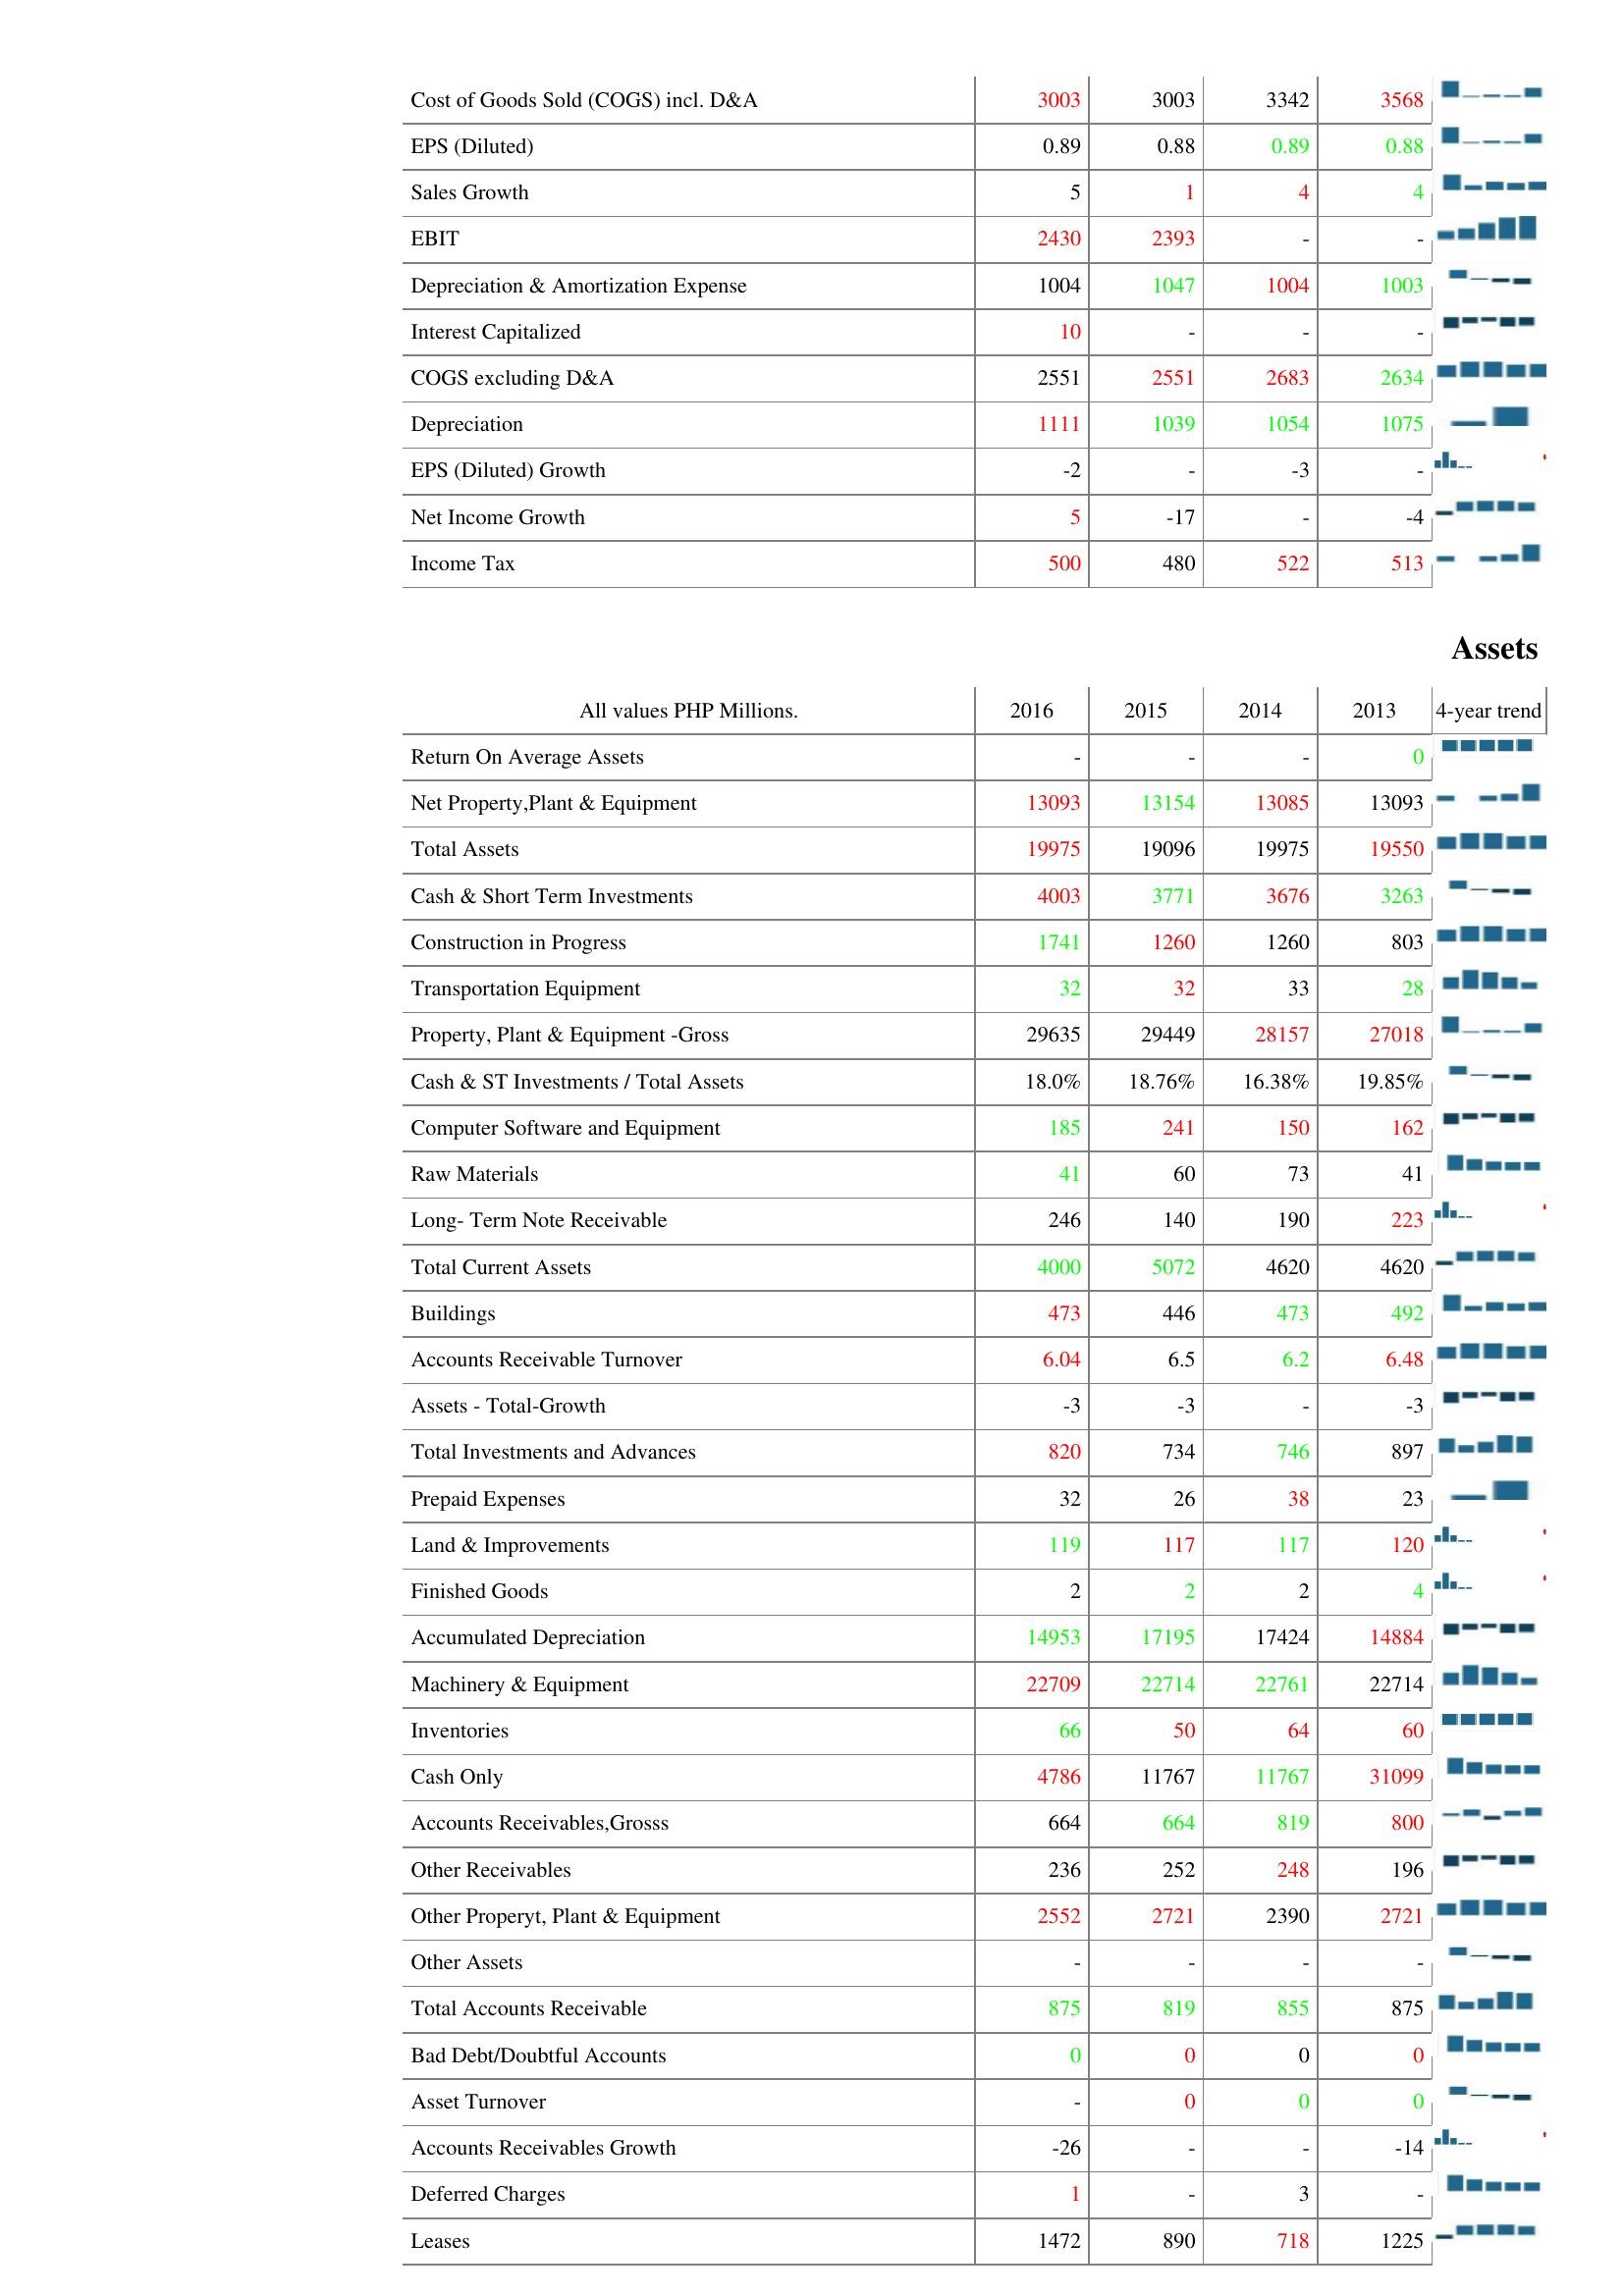
2016: : Cost of Goods Sold (COGS) incl. D&A: 3003
EPS (Diluted): 0.89
Sales Growth: 5
EBIT: 2430
Depreciation & Amortization Expense: 1004
Interest Capitalized: 10
COGS excluding D&A: 2551
Depreciation: 1111
EPS (Diluted) Growth: -2
Net Income Growth: 5
Income Tax: 500
Assets: Return On Average Assets: -
Net Property,Plant & Equipment: 13093
Total Assets: 19975
Cash & Short Term Investments: 4003
Construction in Progress: 1741
Transportation Equipment: 32
Property, Plant & Equipment -Gross: 29635
Cash & ST Investments / Total Assets: 18.0%
Computer Software and Equipment: 185
Raw Materials: 41
Long- Term Note Receivable: 246
Total Current Assets: 4000
Buildings: 473
Accounts Receivable Turnover: 6.04
Assets - Total-Growth: -3
Total Investments and Advances: 820
Prepaid Expenses: 32
Land & Improvements: 119
Finished Goods: 2
Accumulated Depreciation: 14953
Machinery & Equipment: 22709
Inventories: 66
Cash Only: 4786
Accounts Receivables,Grosss: 664
Other Receivables: 236
Other Properyt, Plant & Equipment: 2552
Other Assets: -
Total Accounts Receivable: 875
Bad Debt/Doubtful Accounts: 0
Asset Turnover: -
Accounts Receivables Growth: -26
Deferred Charges: 1
Leases: 1472
2015: : Cost of Goods Sold (COGS) incl. D&A: 3003
EPS (Diluted): 0.88
Sales Growth: 1
EBIT: 2393
Depreciation & Amortization Expense: 1047
Interest Capitalized: -
COGS excluding D&A: 2551
Depreciation: 1039
EPS (Diluted) Growth: -
Net Income Growth: -17
Income Tax: 480
Assets: Return On Average Assets: -
Net Property,Plant & Equipment: 13154
Total Assets: 19096
Cash & Short Term Investments: 3771
Construction in Progress: 1260
Transportation Equipment: 32
Property, Plant & Equipment -Gross: 29449
Cash & ST Investments / Total Assets: 18.76%
Computer Software and Equipment: 241
Raw Materials: 60
Long- Term Note Receivable: 140
Total Current Assets: 5072
Buildings: 446
Accounts Receivable Turnover: 6.5
Assets - Total-Growth: -3
Total Investments and Advances: 734
Prepaid Expenses: 26
Land & Improvements: 117
Finished Goods: 2
Accumulated Depreciation: 17195
Machinery & Equipment: 22714
Inventories: 50
Cash Only: 11767
Accounts Receivables,Grosss: 664
Other Receivables: 252
Other Properyt, Plant & Equipment: 2721
Other Assets: -
Total Accounts Receivable: 819
Bad Debt/Doubtful Accounts: 0
Asset Turnover: 0
Accounts Receivables Growth: -
Deferred Charges: -
Leases: 890
2014: : Cost of Goods Sold (COGS) incl. D&A: 3342
EPS (Diluted): 0.89
Sales Growth: 4
EBIT: -
Depreciation & Amortization Expense: 1004
Interest Capitalized: -
COGS excluding D&A: 2683
Depreciation: 1054
EPS (Diluted) Growth: -3
Net Income Growth: -
Income Tax: 522
Assets: Return On Average Assets: -
Net Property,Plant & Equipment: 13085
Total Assets: 19975
Cash & Short Term Investments: 3676
Construction in Progress: 1260
Transportation Equipment: 33
Property, Plant & Equipment -Gross: 28157
Cash & ST Investments / Total Assets: 16.38%
Computer Software and Equipment: 150
Raw Materials: 73
Long- Term Note Receivable: 190
Total Current Assets: 4620
Buildings: 473
Accounts Receivable Turnover: 6.2
Assets - Total-Growth: -
Total Investments and Advances: 746
Prepaid Expenses: 38
Land & Improvements: 117
Finished Goods: 2
Accumulated Depreciation: 17424
Machinery & Equipment: 22761
Inventories: 64
Cash Only: 11767
Accounts Receivables,Grosss: 819
Other Receivables: 248
Other Properyt, Plant & Equipment: 2390
Other Assets: -
Total Accounts Receivable: 855
Bad Debt/Doubtful Accounts: 0
Asset Turnover: 0
Accounts Receivables Growth: -
Deferred Charges: 3
Leases: 718
2013: : Cost of Goods Sold (COGS) incl. D&A: 3568
EPS (Diluted): 0.88
Sales Growth: 4
EBIT: -
Depreciation & Amortization Expense: 1003
Interest Capitalized: -
COGS excluding D&A: 2634
Depreciation: 1075
EPS (Diluted) Growth: -
Net Income Growth: -4
Income Tax: 513
Assets: Return On Average Assets: 0
Net Property,Plant & Equipment: 13093
Total Assets: 19550
Cash & Short Term Investments: 3263
Construction in Progress: 803
Transportation Equipment: 28
Property, Plant & Equipment -Gross: 27018
Cash & ST Investments / Total Assets: 19.85%
Computer Software and Equipment: 162
Raw Materials: 41
Long- Term Note Receivable: 223
Total Current Assets: 4620
Buildings: 492
Accounts Receivable Turnover: 6.48
Assets - Total-Growth: -3
Total Investments and Advances: 897
Prepaid Expenses: 23
Land & Improvements: 120
Finished Goods: 4
Accumulated Depreciation: 14884
Machinery & Equipment: 22714
Inventories: 60
Cash Only: 31099
Accounts Receivables,Grosss: 800
Other Receivables: 196
Other Properyt, Plant & Equipment: 2721
Other Assets: -
Total Accounts Receivable: 875
Bad Debt/Doubtful Accounts: 0
Asset Turnover: 0
Accounts Receivables Growth: -14
Deferred Charges: -
Leases: 1225